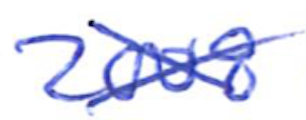
Text: 2008
Cross-out: cross
Writing tool: ballpoint